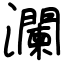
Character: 瀾